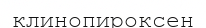
клинопироксен